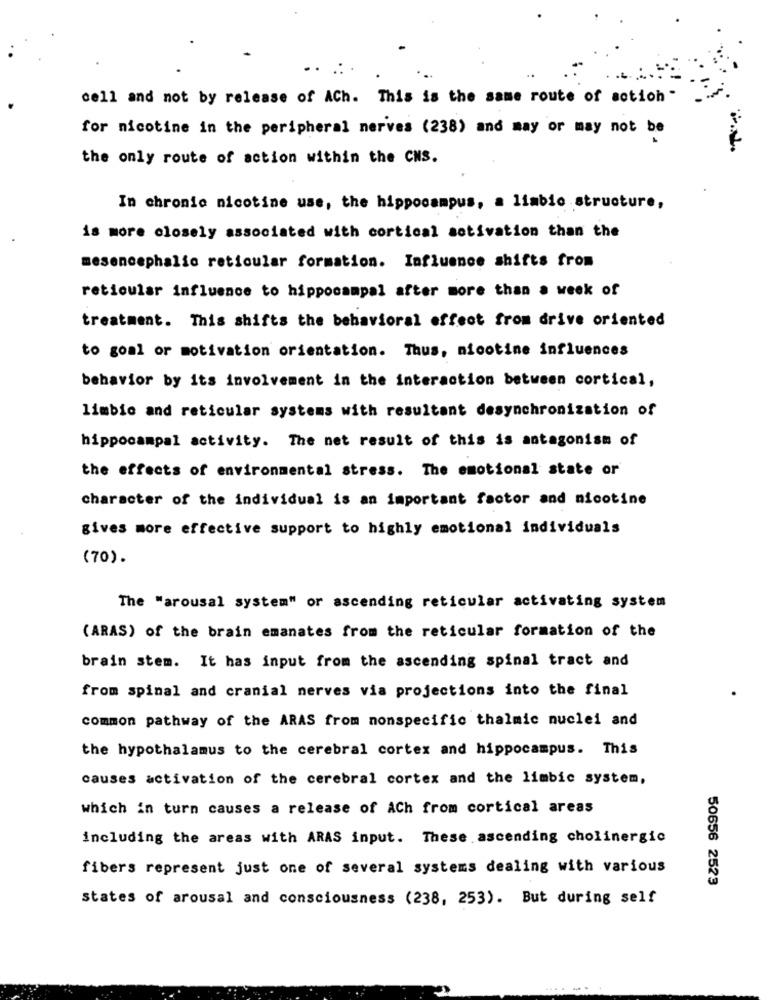
cell and not by release of ACh. This is the same route of action "
for nicotine in the peripheral nerves (238) and may or may not be
the only route of action within the CNS.
In chronic nicotine use, the hippocampus, a limbio structure,
is more closely associated with cortical activation than the
mesencephalic reticular formation. Influence shifts from
reticular influence to hippocampal after more than a week of
treatment. This shifts the behavioral effect from drive oriented
to goal or motivation orientation. Thus, nicotine influences
behavior by its involvement in the interaction between cortical,
limbic and reticular systems with resultant desynchronization of
hippocampal activity. The net result of this is antagonism of
the effects of environmental stress. The emotional state or
character of the individual is an important factor and nicotine
gives more effective support to highly emotional individuals
(70).
The "arousal system" or ascending reticular activating system
(ARAS) of the brain emanates from the reticular formation of the
brain stem. It has input from the ascending spinal tract and
from spinal and cranial nerves via projections into the final
common pathway of the ARAS from nonspecific thalmic nuclei and
the hypothalamus to the cerebral cortex and hippocampus. This
causes activation of the cerebral cortex and the limbic system,
which in turn causes a release of ACh from cortical areas
including the areas with ARAS input. These ascending cholinergic
fibers represent just one of several systems dealing with various
50656 2523
states of arousal and consciousness (238, 253). But during self